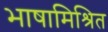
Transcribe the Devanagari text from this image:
भाषामिश्रित